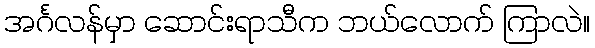
အင်္ဂလန်မှာ ဆောင်းရာသီက ဘယ်လောက် ကြာလဲ။